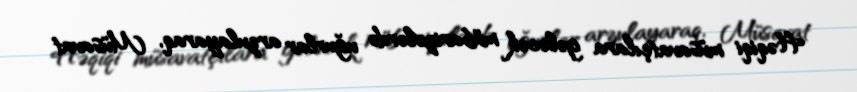
Həqiqi müsavatçılara gələcək mübarizələrdə uğurlar arzulayaraq, Müsavat